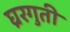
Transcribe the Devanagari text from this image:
घ्ररगुती